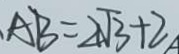
A B = 2 \sqrt { 3 } + 2 A